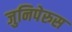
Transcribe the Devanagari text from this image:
जुनिपेरुस